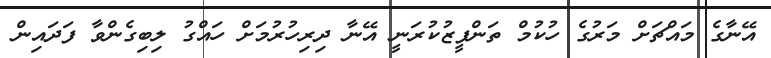
އޭނާގެ މައްޗަށް މަރުގެ ހުކުމް ތަންފީޒުކުރަނީ އޭނާ ދިރިހުރުމަށް ހައްގު ލިބިގެންވާ ފަދައިން